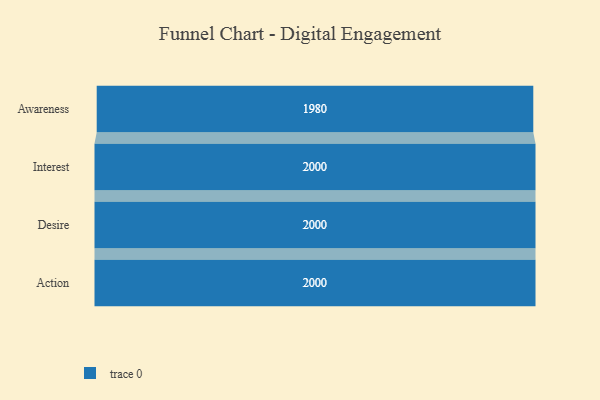
{"axis": {"x": "Stage", "y": "Value"}, "legend": [""], "data": [{"x": "Awareness", "y": 1980.0, "type": ""}, {"x": "Interest", "y": 2000, "type": ""}, {"x": "Desire", "y": 2000, "type": ""}, {"x": "Action", "y": 2000, "type": ""}]}